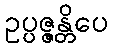
ဥပ္ပဇ္ဇန္တိပေ